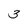
Character: 3